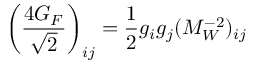
\left( { \frac { 4 G _ { F } } { \sqrt 2 } } \right) _ { i j } = { \frac { 1 } { 2 } } g _ { i } g _ { j } ( { \cal M } _ { W } ^ { - 2 } ) _ { i j }